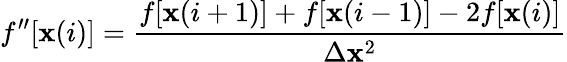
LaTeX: f^{\prime\prime}[\mathbf{x}(i)]=\frac{{f[\mathbf{x}(i+1)]+f[\mathbf{x}(i-1)]-2f[\mathbf{x}(i)]}}{{\Delta\mathbf{x}^{2}}}